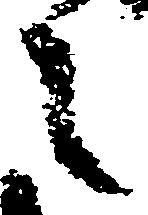
之